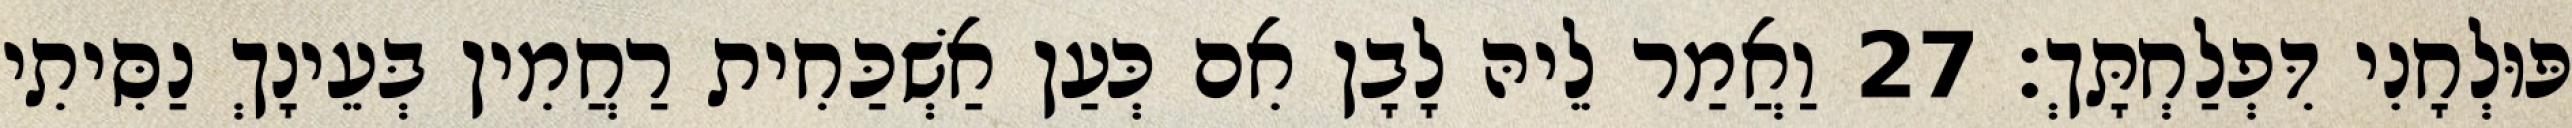
פּוּלְחָנִי דִּפְלַחְתָּךְ׃ 27 וַאֲמַר לֵיהּ לָבָן אִם כְּעַן אַשְׁכַּחִית רַחֲמִין בְּעֵינָךְ נַסִּיתִי